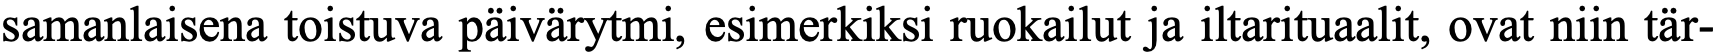
samanlaisena toistuva päivärytmi, esimerkiksi ruokailut ja iltarituaalit, ovat niin tär-